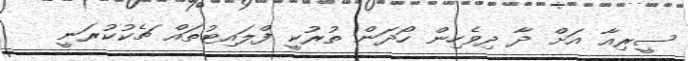
ސީރިއާ އަށް ދާ ދިވެހިން ހޯދަން ތުރުކީ ފްލައިޓުތައް ޗެކުކުރަނީ